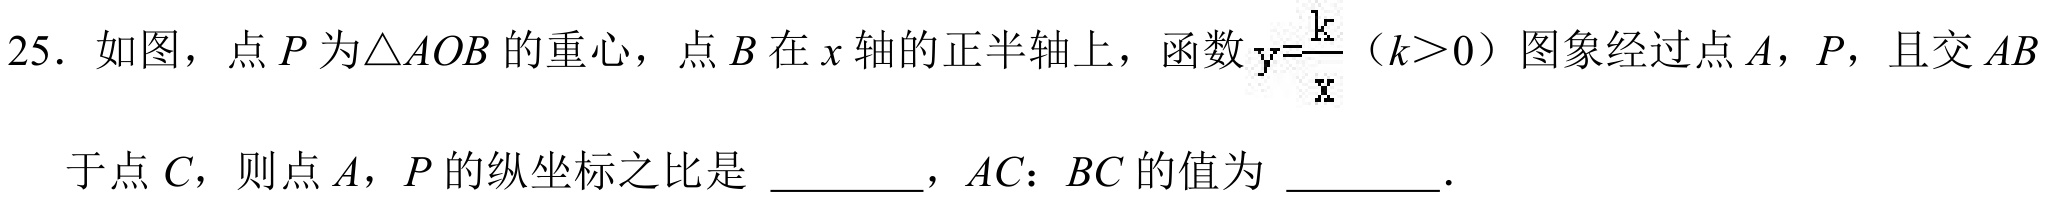
25. 如图，点\(P\)为\(\triangle AOB\)的重心，点\(B\)在\(x\)轴的正半轴上，函数\(y = \frac{k}{x}(k>0)\)图象经过点\(A\)，\(P\)，且交\(AB\)于点\(C\)，则点\(A\)，\(P\)的纵坐标之比是  ，\(AC：BC\)的值为  ．